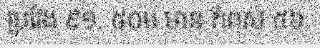
ប្រវែង ៩១. ៥០ម មាន កំពស់ ៥៦.